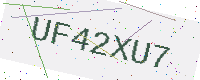
Text: UF42XU7